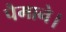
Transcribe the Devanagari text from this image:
पैमाने।